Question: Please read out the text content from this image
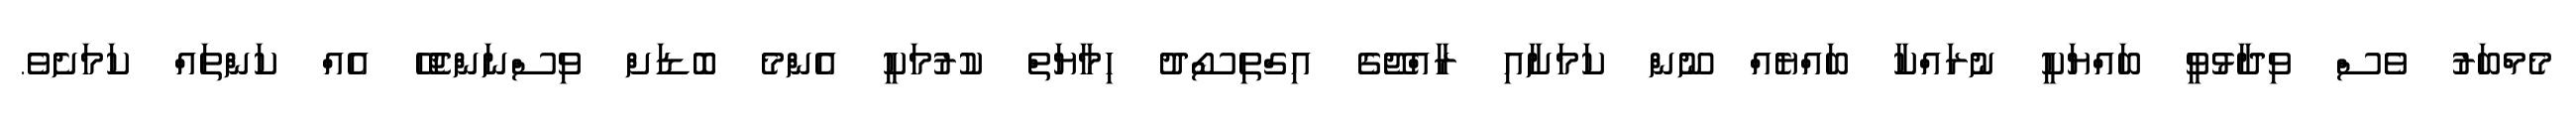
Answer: މެމްބަރު ވެސް ވިދާޅުވީ ބައްޔަކީ ނުރައްކާ ބައްޔެއް ނޫން ކަމަށާއި ރާއްޖޭގެ އިގްތިސޯދު ހިމާޔަތް ކުރުމަކީ އެންމެ ބޮޑަށް ވިސްނަންޖެހޭ އެއް ކަންތައް ކަމަށެވެ.